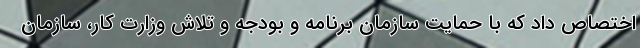
اختصاص داد که با حمایت سازمان برنامه و بودجه و تلاش وزارت کار، سازمان